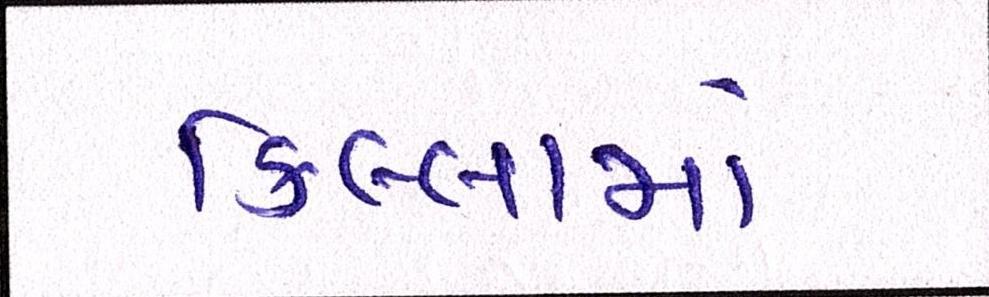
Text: કિલ્લામાં